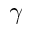
\gamma